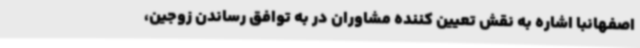
اصفهانبا اشاره به نقش تعیین کننده مشاوران در به توافق رساندن زوجین،